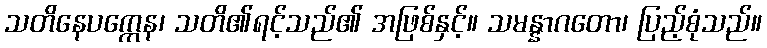
သတိနေပက္ကေန၊ သတိ၏ရင့်သည်၏ အဖြစ်နှင့်။ သမန္နာဂတော၊ ပြည့်စုံသည်။